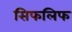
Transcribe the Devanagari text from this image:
सिफलिफ